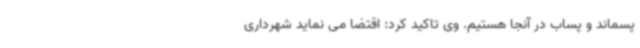
پسماند و پساب در آنجا هستیم. وی تاکید کرد: اقتضا می نماید شهرداری